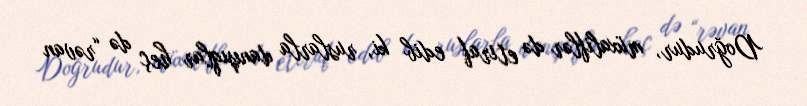
Doğrudur, müxaliflər də etiraf edib ki, ruslarla danışıqlar heç də “rəvan